Report of the Lahore Medical School Hospital
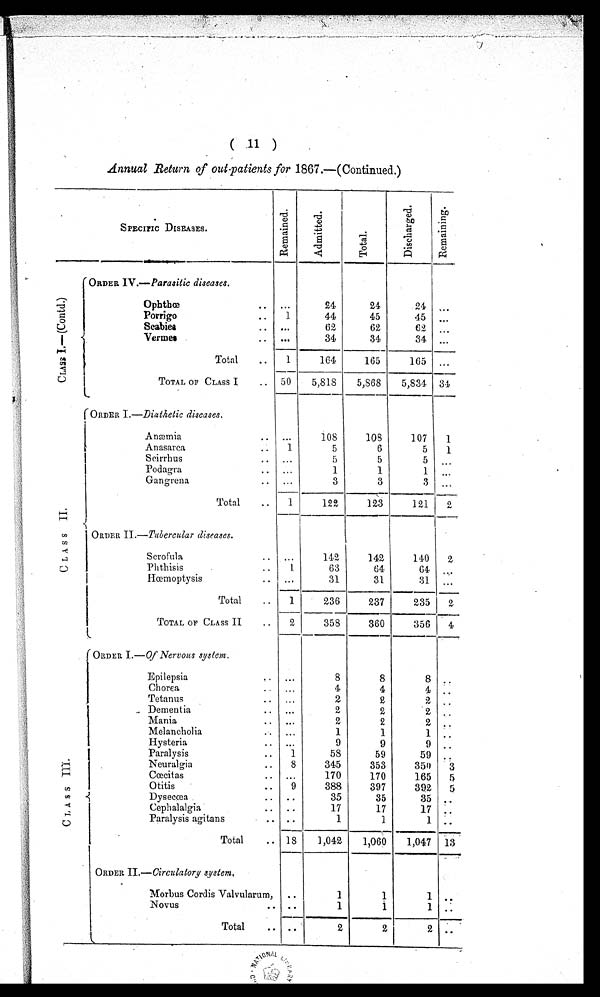
( -11 1
Annual Retzlrn of out patients for 1867 .-(Continued,)
%
$ I
%
.
+
@
SPECIFIC DISEASES.
.PI ~3
. .a H
$ a~ +
El
A
ce
%
6
G
e
E Y,
In
GG
4
f z
i5
s
-
-
- .
ORDER 1 V . P a r a s i t i c diseases.
Ophtbc~
. . ...
24
24
24 ,..
Porrigo
. . 1
44
45
45 ...
Scabiea
. . a.e
62
62
62 ...
Termer
. . ...
34
3 4t
34 ...
-
--
-
Total
.. 1
164
1G5
165 ,..
3
--
- -
--
I
TOTAL OF CLASS I
. . 50 5,818 5,868 5,834 34
t
---
- -- , - ,
( ORDER I.-Dintirelic disease^.
I Anztnia
. . ...
108
108
107
1
Anasarca
.. 1
5
6
5
1
I
Scirrhus
. . ...
5
5
fi ,..
1
Podagrn
. . ...
1
1
1 ...
Gangrena
. . ...
3
3
3 ..,
--
--- *__C _-
Total
.. 1
12%
1 23
121
f!
t 4
--------
" i
I
- '
LI)
ORTIER I1 .-Tlrfiercular (Ziseases.
4 : I Scrof~lla . . ,.. 14*2 142 140 2
U
Pllt,hisis
.. L
63
64
64 , ...
I
Kmmoptysis
. . ...
31
31
31 ...
---
- - 7
Total
. . 1
236
237
235 1 2
I
-- -
-
-
-
-
-
,
-
TOTAL OF CLASS I1
. . 2
355
360
350 ( 4
L
---
-
-
-
-
,
-
>
i
O~~D E R
1.-Oj'Ne~voics syslcm.
Epilepsia
. . ...
8
8
8 ..
4
Chorea
. . ...
4
4 ..
Tetanus
. . ...
2
a
2 ..
I
.. Dementia
. . ...
2
2
' 2 ..
Mania
. . ...
2
2
2 ..
Melancholia
. ...
1
1
1 ..
Hysteria
. . ...
9
9
9 ..
Paralysis
.. 1
55
59
59 . .
Neuralgia
.. 8
345
353
350 5
H
! A 1 . Cacit as . . ... 170 170 165 5
r~
0 titis
.. 9
388
397
392
5
.(
Dyseccea
. * a
35
35
35 . .
1 7
17
Ceph a1 algia
. ..
17 :.
2 1 Paralysis agitans .. 1 I
..
1 I.
--
--
-
TOM
. . IS 1,042 1,060 1,047 i 3 '
I
--
- - .
ORDER 11.-CircuZaCory sjstem,
I
o r u Cordis Valvularurn, . .
1
1
1 ..
NOVUS
. . . . I
1
i
1 .:
-- -
1 1 1 1
. .
Tot4
. . 1 e
2 ..
1
L